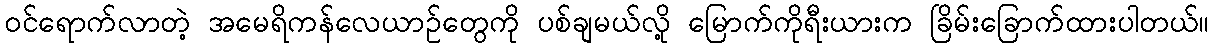
၀င်ရောက်လာတဲ့ အမေရိကန်လေယာဉ်တွေကို ပစ်ချမယ်လို့ မြောက်ကိုရီးယားက ခြိမ်းခြောက်ထားပါတယ်။